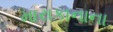
મારાકાનાના